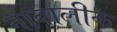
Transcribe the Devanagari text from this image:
नाबालीक